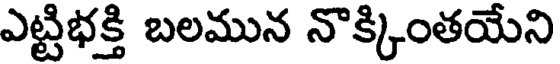
ఎట్టిభక్తి బలమున నొక్కింతయేని